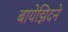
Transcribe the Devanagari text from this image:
बायेझिदने